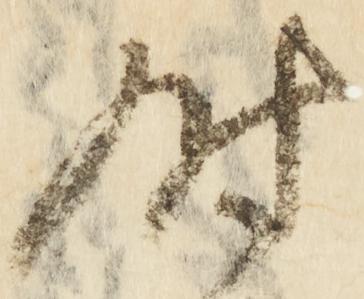
時